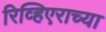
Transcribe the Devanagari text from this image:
रिव्हिएराच्या